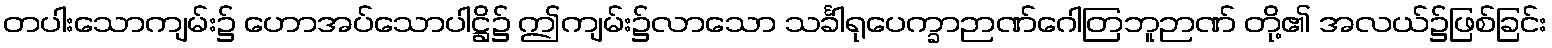
တပါးသောကျမ်း၌ ဟောအပ်သောပါဋ္ဌိ၌ ဤကျမ်း၌လာသော သင်္ခါရုပေက္ခာဉာဏ်ဂေါတြဘူဉာဏ် တို့၏ အလယ်၌ဖြစ်ခြင်း